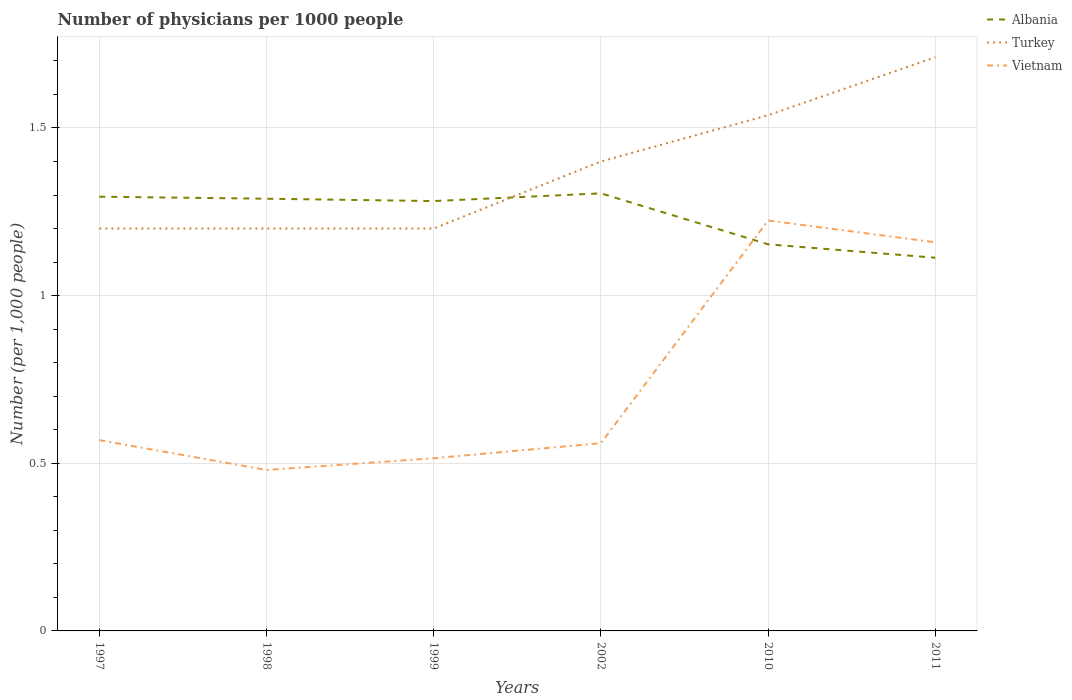
| Years | Albania | Turkey | Vietnam |
 | --- | --- | --- | --- |
 | 1997 | 1.29 | 1.2 | 0.569 |
 | 1998 | 1.29 | 1.2 | 0.48 |
 | 1999 | 1.28 | 1.2 | 0.515 |
 | 2002 | 1.3 | 1.4 | 0.56 |
 | 2010 | 1.15 | 1.54 | 1.22 |
 | 2011 | 1.11 | 1.71 | 1.16 |